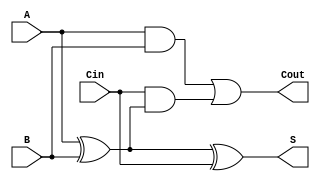
module RippleCarryFullAdder (
    input wire A,      // First binary input
    input wire B,      // Second binary input
    input wire Cin,    // Carry-in input
    output wire S,     // Sum output
    output wire Cout    // Carry-out output
);

// Internal signals
wire AxorB;          // Intermediate signal for A XOR B

// Calculate the Sum (S)
assign AxorB = A ^ B; // First XOR gate
assign S = AxorB ^ Cin; // Second XOR gate

// Calculate the Carry-out (Cout)
assign Cout = (A & B) | (Cin & AxorB); // Carry-out logic

endmodule